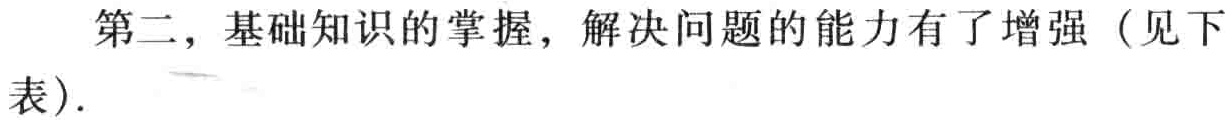
第二，基础知识的掌握，解决问题的能力有了增强（见下表).